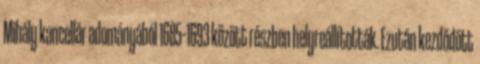
Mihály kancellár adományából 1685–1693 között részben helyreállították. Ezután kezdődött